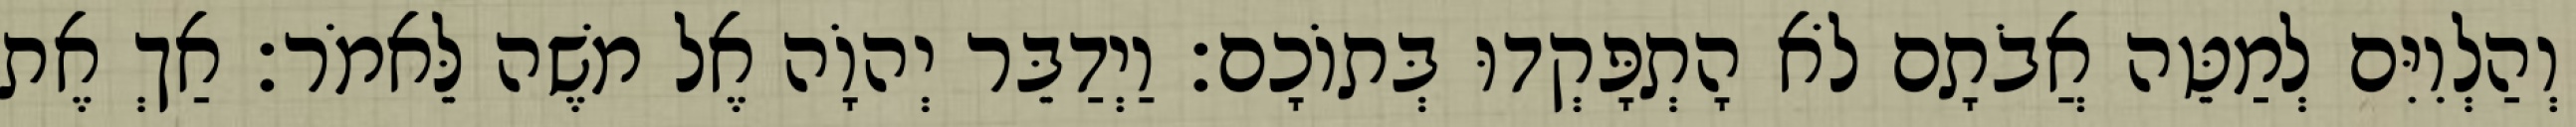
וְהַלְוִיִּם לְמַטֵּה אֲבֹתָם לֹא הָתְפָּקְדוּ בְּתוֹכָם׃ וַיְדַבֵּר יְהוָֹה אֶל משֶׁה לֵּאמֹר׃ אַךְ אֶת